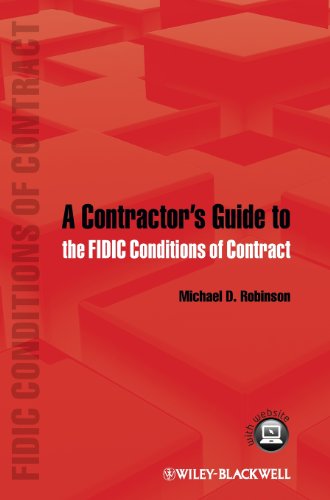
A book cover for A Contractor's Guide to the FIDIC Conditions of Contract; Michael D. Robinson; Law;